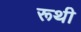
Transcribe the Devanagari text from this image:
रूथी